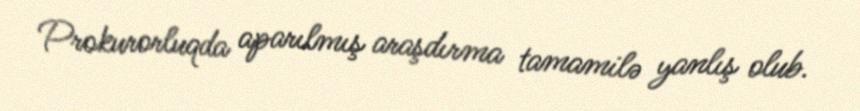
Prokurorluqda aparılmış araşdırma tamamilə yanlış olub.